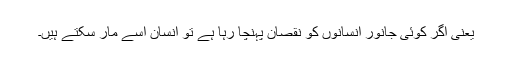
یعنی اگر کوئی جانور انسانوں کو نقصان پہنچا رہا ہے تو انسان اسے مار سکتے ہیں۔